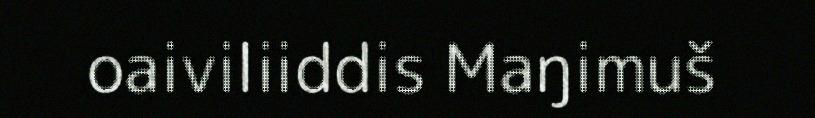
oaiviliiddis Maŋimuš